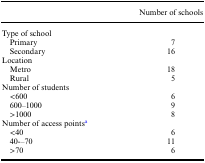
<table><thead><tr><td></td><td><b>Number of schools</b></td></tr></thead><tbody><tr><td colspan="2">Type of school</td></tr><tr><td> Primary</td><td>7</td></tr><tr><td> Secondary</td><td>16</td></tr><tr><td colspan="2">Location</td></tr><tr><td> Metro</td><td>18</td></tr><tr><td> Rural</td><td>5</td></tr><tr><td colspan="2">Number of students</td></tr><tr><td> &lt;600</td><td>6</td></tr><tr><td> 600–1000</td><td>9</td></tr><tr><td> &gt;1000</td><td>8</td></tr><tr><td colspan="2">Number of access points<sup>a</sup></td></tr><tr><td> &lt;40</td><td>6</td></tr><tr><td> 40-–70</td><td>11</td></tr><tr><td> &gt;70</td><td>6</td></tr></tbody></table>